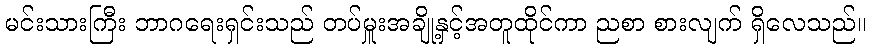
မင်းသားကြီး ဘာဂရေးရှင်းသည် တပ်မှူးအချို့နှင့်အတူထိုင်ကာ ညစာ စားလျက် ရှိလေသည်။